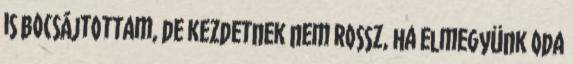
is bocsájtottam, de kezdetnek nem rossz, ha elmegyünk oda